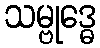
သမ္ဗုဒ္ဓေ